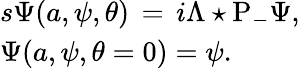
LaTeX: \begin{array}{l}{{{s\Psi(a,\psi,\theta)\, =\, i\Lambda\star\mathrm{P}_{-}\Psi,}}}\\ {{{\Psi(a,\psi,\theta=0)=\psi.}}}\end{array}